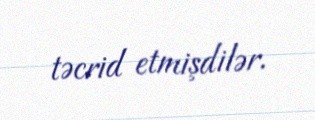
təcrid etmişdilər.